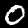
Label: 0